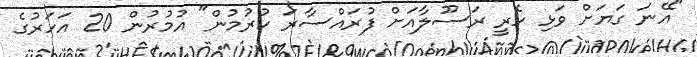
"އޭނަ ގަޔަށް ވަޅި ހެރީ ރަސޫލާއަށް ފުރައްސާރަ ކުރުމުން" އުމުރުން 20 އަހަރުގެ